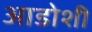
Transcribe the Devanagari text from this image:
आडोशी